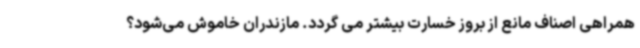
همراهی اصناف مانع از بروز خسارت بیشتر می گردد. مازندران خاموش می‌شود؟